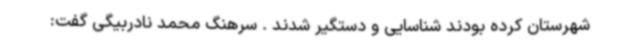
شهرستان کرده بودند شناسایی و دستگیر شدند . سرهنگ محمد نادربیگی گفت: